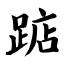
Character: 踮